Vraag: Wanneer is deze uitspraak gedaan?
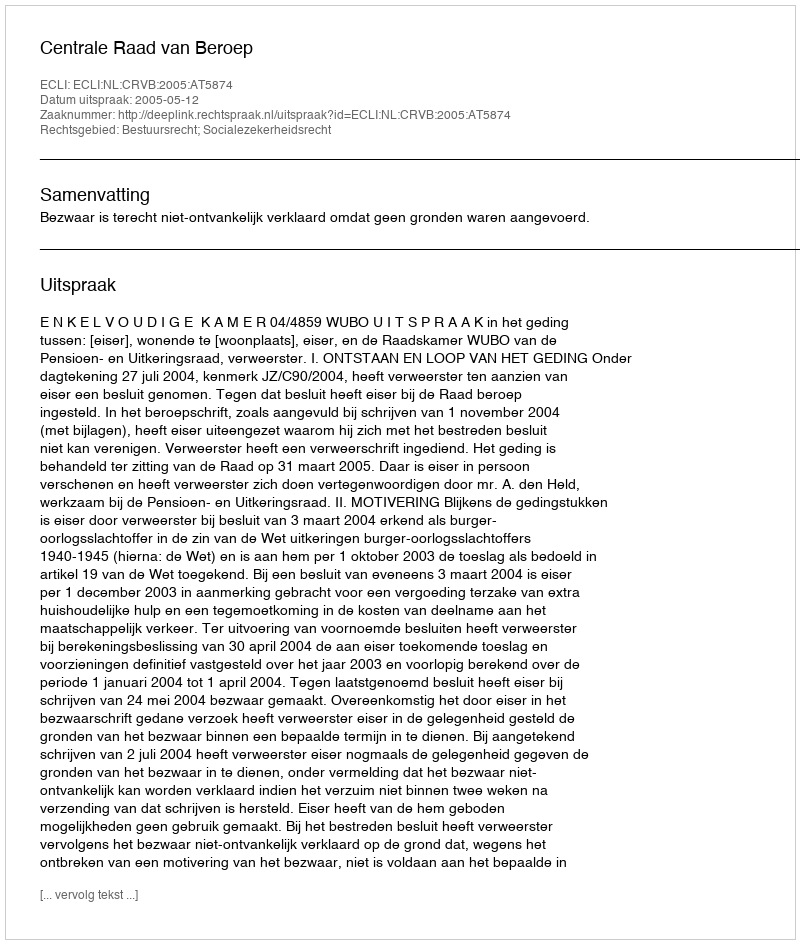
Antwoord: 2005-05-12